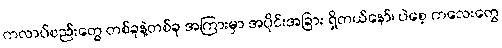
ကလာပ်စည်းတွေ တစ်ခုနဲ့တစ်ခု အကြားမှာ အပိုင်းအခြား ရှိတယ်နော်၊ ပဲစေ့ ကလေးတွေ